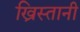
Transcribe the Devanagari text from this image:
ख्रिस्तानी